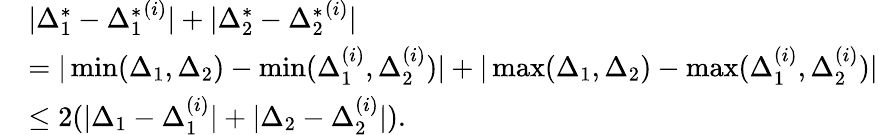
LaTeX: \begin{array}{rl}&{|\Delta_{1}^{*}-{\Delta_{1}^{*}}^{(i)}|+|\Delta_{2}^{*}-{\Delta_{2}^{*}}^{(i)}|}\\ &{=|\operatorname*{min}(\Delta_{1},\Delta_{2})-\operatorname*{min}(\Delta_{1}^{(i)},\Delta_{2}^{(i)})|+|\operatorname*{max}(\Delta_{1},\Delta_{2})-\operatorname*{max}(\Delta_{1}^{(i)},\Delta_{2}^{(i)})|}\\ &{\leq 2(|\Delta_{1}-\Delta_{1}^{(i)}|+|\Delta_{2}-\Delta_{2}^{(i)}|).}\end{array}